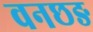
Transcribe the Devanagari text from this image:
वनछङ